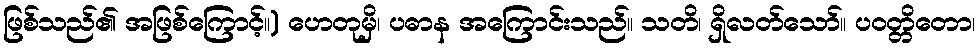
ဖြစ်သည်၏ အဖြစ်ကြောင့်။) ဟေတုမှိ၊ ပဓာန အကြောင်းသည်။ သတိ၊ ရှိလတ်သော်။ ပဝတ္တိတော၊